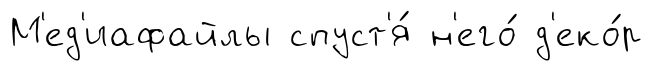
М'ед'иафайлы спуст'я́ н'его́ д'еко́р